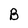
Character: B